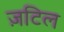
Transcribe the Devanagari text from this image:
ज़टिल